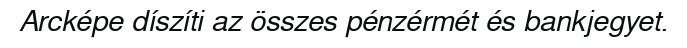
Arcképe díszíti az összes pénzérmét és bankjegyet.